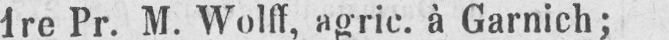
1re Pr. M. Wolff, agric. à Garnich;